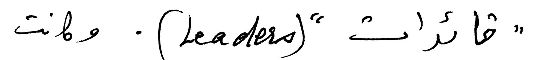
" قائدات " (Leaders). وكانت